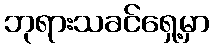
ဘုရားသခင်ရှေ့မှာ